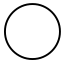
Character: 〇